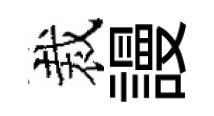
裁謾